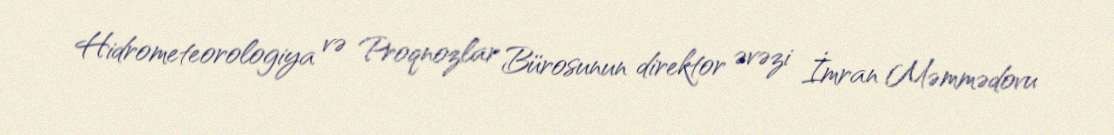
Hidrometeorologiya və Proqnozlar Bürosunun direktor əvəzi İmran Məmmədovu